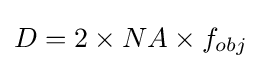
D=2\times NA\times f_{obj}